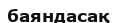
баяндасақ